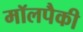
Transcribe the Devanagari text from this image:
मॉलपैकी